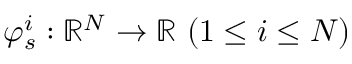
\varphi _ { s } ^ { i } : \mathbb { R } ^ { N } \rightarrow \mathbb { R } ~ ( 1 \leq i \leq N )